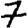
Digit: 7